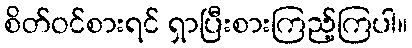
စိတ်ဝင်စားရင် ရှာပြီးစားကြည့်ကြပါ။